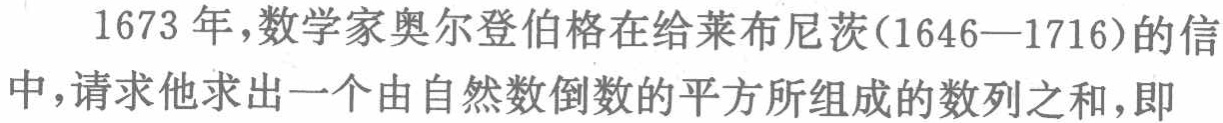
1673 年，数学家奥尔登伯格在给莱布尼茨(1646—1716)的信中，请求他求出一个由自然数倒数的平方所组成的数列之和，即